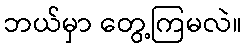
ဘယ်မှာ တွေ့ကြမလဲ။